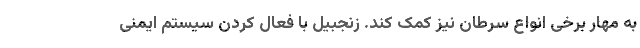
به مهار برخی انواع سرطان نیز کمک کند. زنجبیل با فعال کردن سیستم ایمنی